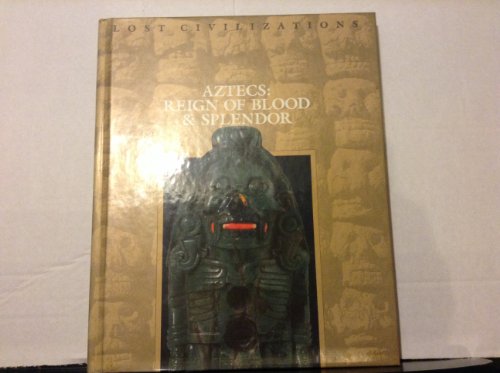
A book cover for Aztecs: Reign of Blood and Splendor (Lost Civilization (Time Life)); Time-Life Books; History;